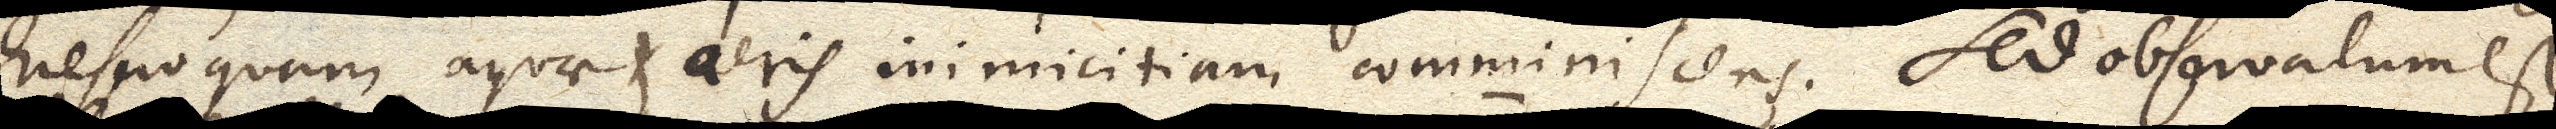
nescio quam aquae et aeris inimicitiam comminiscens. Sed observatum est